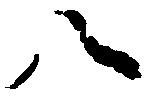
八